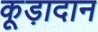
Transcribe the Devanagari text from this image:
कूड़ादान